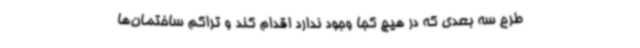
طرح سه بعدی که در هیچ کجا وجود ندارد اقدام کند و تراکم ساختمان‌ها